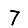
Digit: 7